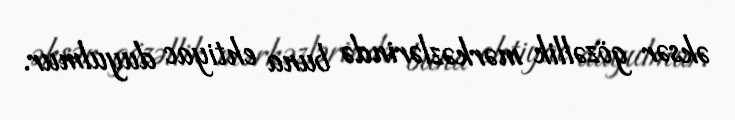
əksər gözəllik mərkəzlərində buna ehtiyac duyulmur.